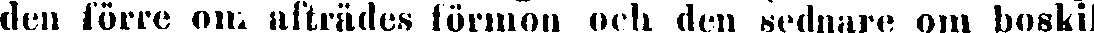
den förre om afträdes förmon och den sednare om boskil